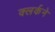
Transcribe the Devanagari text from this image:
क्लर्कने